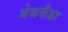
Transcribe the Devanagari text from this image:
बेथसैडा